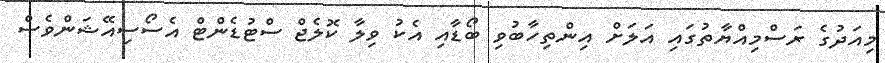
މިއަދުގެ ރަސްމިއްޔާތުގައި އަލަށް އިންތިހާބުވި ބޯޑާއި އެކު ވިލާ ކޮލެޖް ސްޓުޑެންޓް އެސޯސިއޭޝަންވެސް